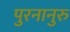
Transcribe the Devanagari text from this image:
पुरनानुरु